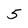
Character: 5